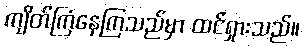
ကျိတ်ကြံနေကြသည်မှာ ထင်ရှားသည်။